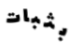
بثبات